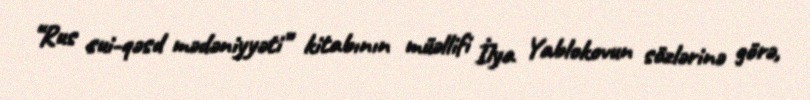
“Rus sui-qəsd mədəniyyəti” kitabının müəllifi İlya Yablokovun sözlərinə görə,